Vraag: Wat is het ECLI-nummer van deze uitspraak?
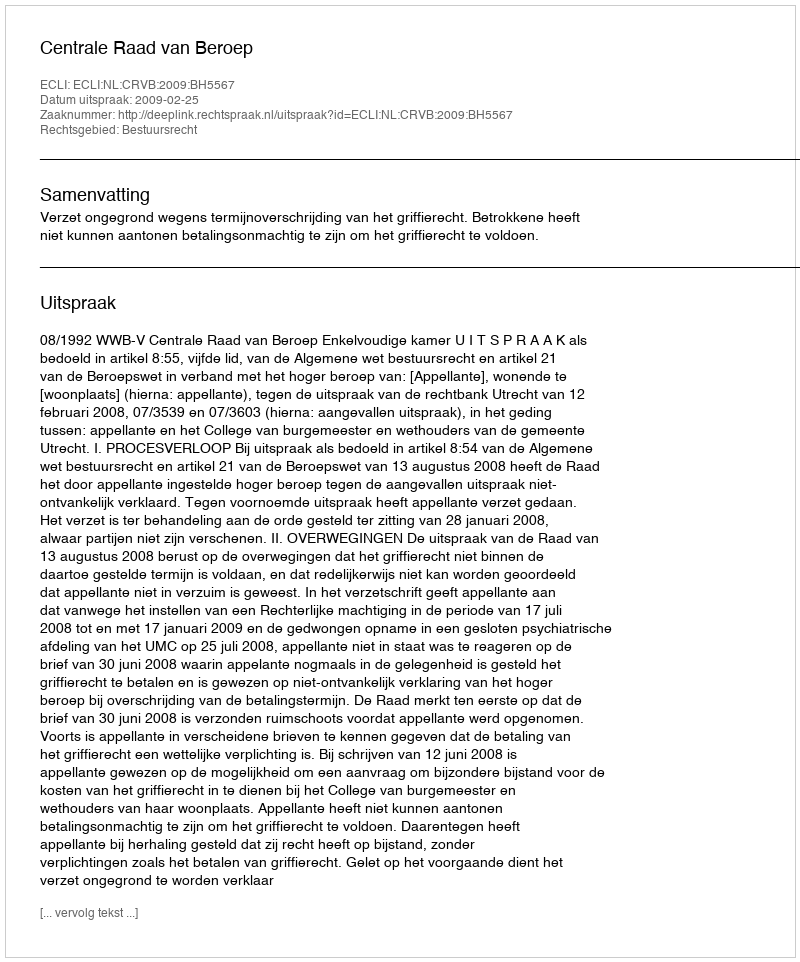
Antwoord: ECLI:NL:CRVB:2009:BH5567